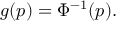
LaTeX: g ( p ) = \Phi ^ { - 1 } ( p ) . \,